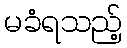
မခံရသည့်